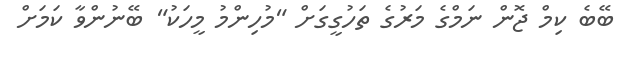
ބޭބެ ކިމް ޖޮން ނަމްގެ މަރުގެ ތަހުގީގަށް "މުހިންމު މީހަކު" ބޭނުންވާ ކަމަށް